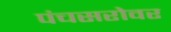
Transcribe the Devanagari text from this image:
पंचसरोवर